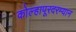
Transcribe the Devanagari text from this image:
कोल्हापूरदरम्यान